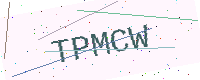
Text: TPMCW